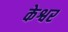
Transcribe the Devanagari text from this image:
केश्वर